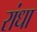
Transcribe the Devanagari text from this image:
रांधा